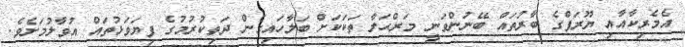
އެމެރިކާއާއި ޔޫރަޕްގެ ބާރުތައް ބޭނުންވަނީ މަރްޙަލާ ތަކަކަށް ބަލާހައިގެން ދަތިކުރުމުގެ ފިޔަވަޅުތައް އުވާލުމަށެވެ.